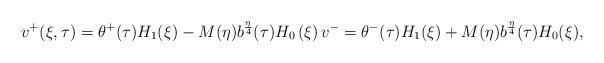
LaTeX: \begin{align*} v^+(\xi,\tau) = \theta^+(\tau) H_1(\xi) - M(\eta) b^\frac{\eta}{4}(\tau) H_0 \left( \xi \right) v^{-} = \theta^-(\tau) H_1(\xi) + M (\eta) b^{\frac{\eta}{4}}(\tau) H_0(\xi), \end{align*}